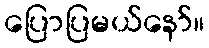
ပြောပြမယ်နော်။